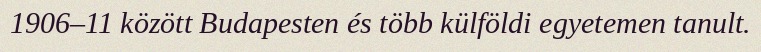
1906–11 között Budapesten és több külföldi egyetemen tanult.